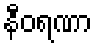
နီဝရဏာ